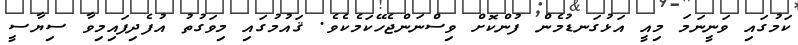
ކަމުގައި ވަނީނަމަ މިއީ އަޅުގަނޑުމެން ފުންކޮށް ވިސްނަންޖެހޭކަމެކެވެ. ޤައުމުގައި މިވަގުތު އުފެދިފައިމިވާ ސިޔާސީ